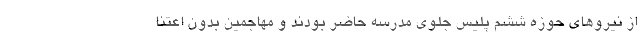
از نیروهای حوزه ششم پلیس جلوی مدرسه حاضر بودند و مهاجمین بدون اعتنا